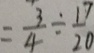
= \frac { 3 } { 4 } \div \frac { 1 7 } { 2 0 }